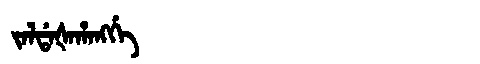
Manchu: ᠵᠠᠯᡩᠠᡧᠠᡥᠠᠩᡤᡝ
Romanization: JALDAŠAHANGGE